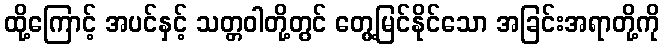
ထို့ကြောင့် အပင်နှင့် သတ္တဝါတို့တွင် တွေ့မြင်နိုင်သော အခြင်းအရာတို့ကို